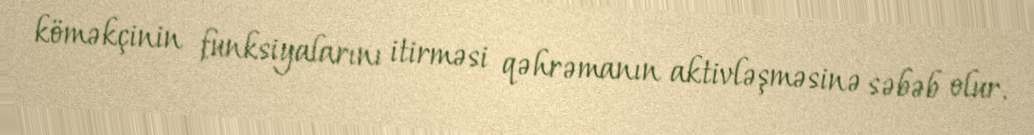
köməkçinin funksiyalarını itirməsi qəhrəmanın aktivləşməsinə səbəb olur.